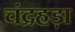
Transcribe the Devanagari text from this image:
चंद्रहड़ा